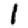
Digit: 1